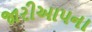
જારીઆપના